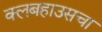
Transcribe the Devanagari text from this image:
क्लबहाउसचा